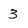
Character: 3